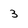
Character: 3